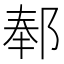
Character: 𬪅